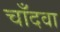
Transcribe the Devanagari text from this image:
चाँदवा